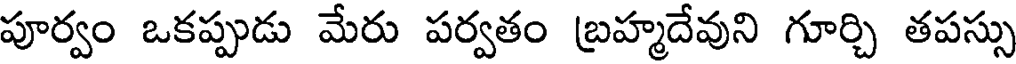
పూర్వం ఒకప్పుడు మేరు పర్వతం బ్రహ్మదేవుని గూర్చి తపస్సు